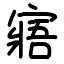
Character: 寤